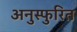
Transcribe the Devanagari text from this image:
अनुस्फुरित